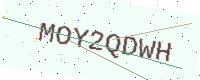
Text: MOY2QDWH